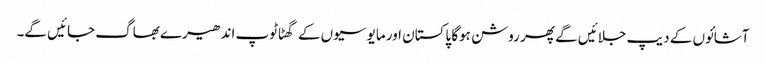
آشائوں کے دیپ جلائیں گے پھر روشن ہوگا پاکستان اور مایوسیوں کے گھٹاٹوپ اندھیرے بھاگ جائیں گے۔